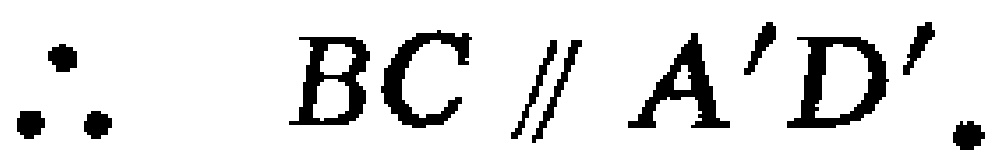
\(\therefore BC \parallel A'D'\)